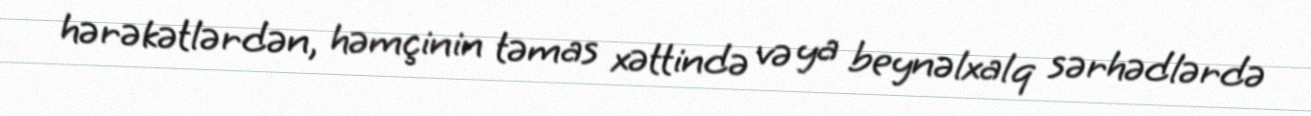
hərəkətlərdən, həmçinin təmas xəttində və ya beynəlxalq sərhədlərdə